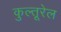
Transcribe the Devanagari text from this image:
कुल्तूरेल